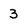
Character: 3